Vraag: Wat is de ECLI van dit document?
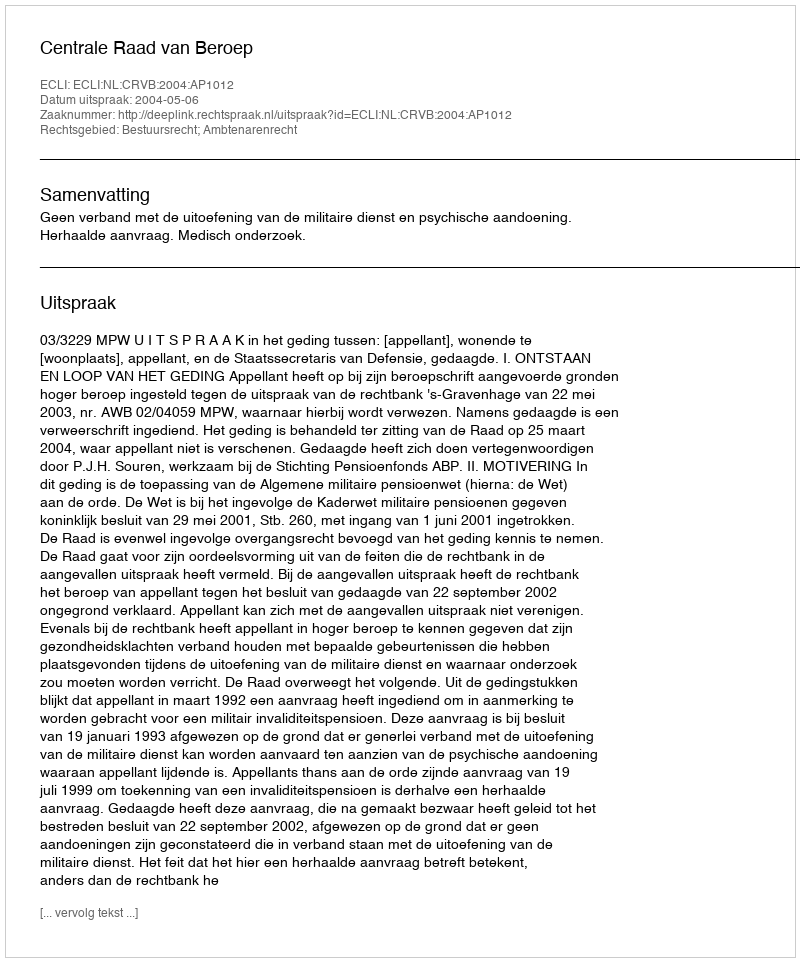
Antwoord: ECLI:NL:CRVB:2004:AP1012